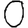
Digit: 0